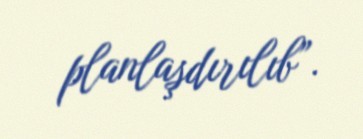
planlaşdırılıb”.